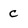
Character: c